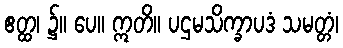
ဧတ္ထ၊ ၌။ ပေ။ ဣတိ။ ပဌမသိက္ခာပဒံ သမတ္တံ၊